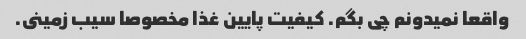
واقعا نمیدونم چى بگم. کیفیت پایین غذا مخصوصا سیب زمینى.